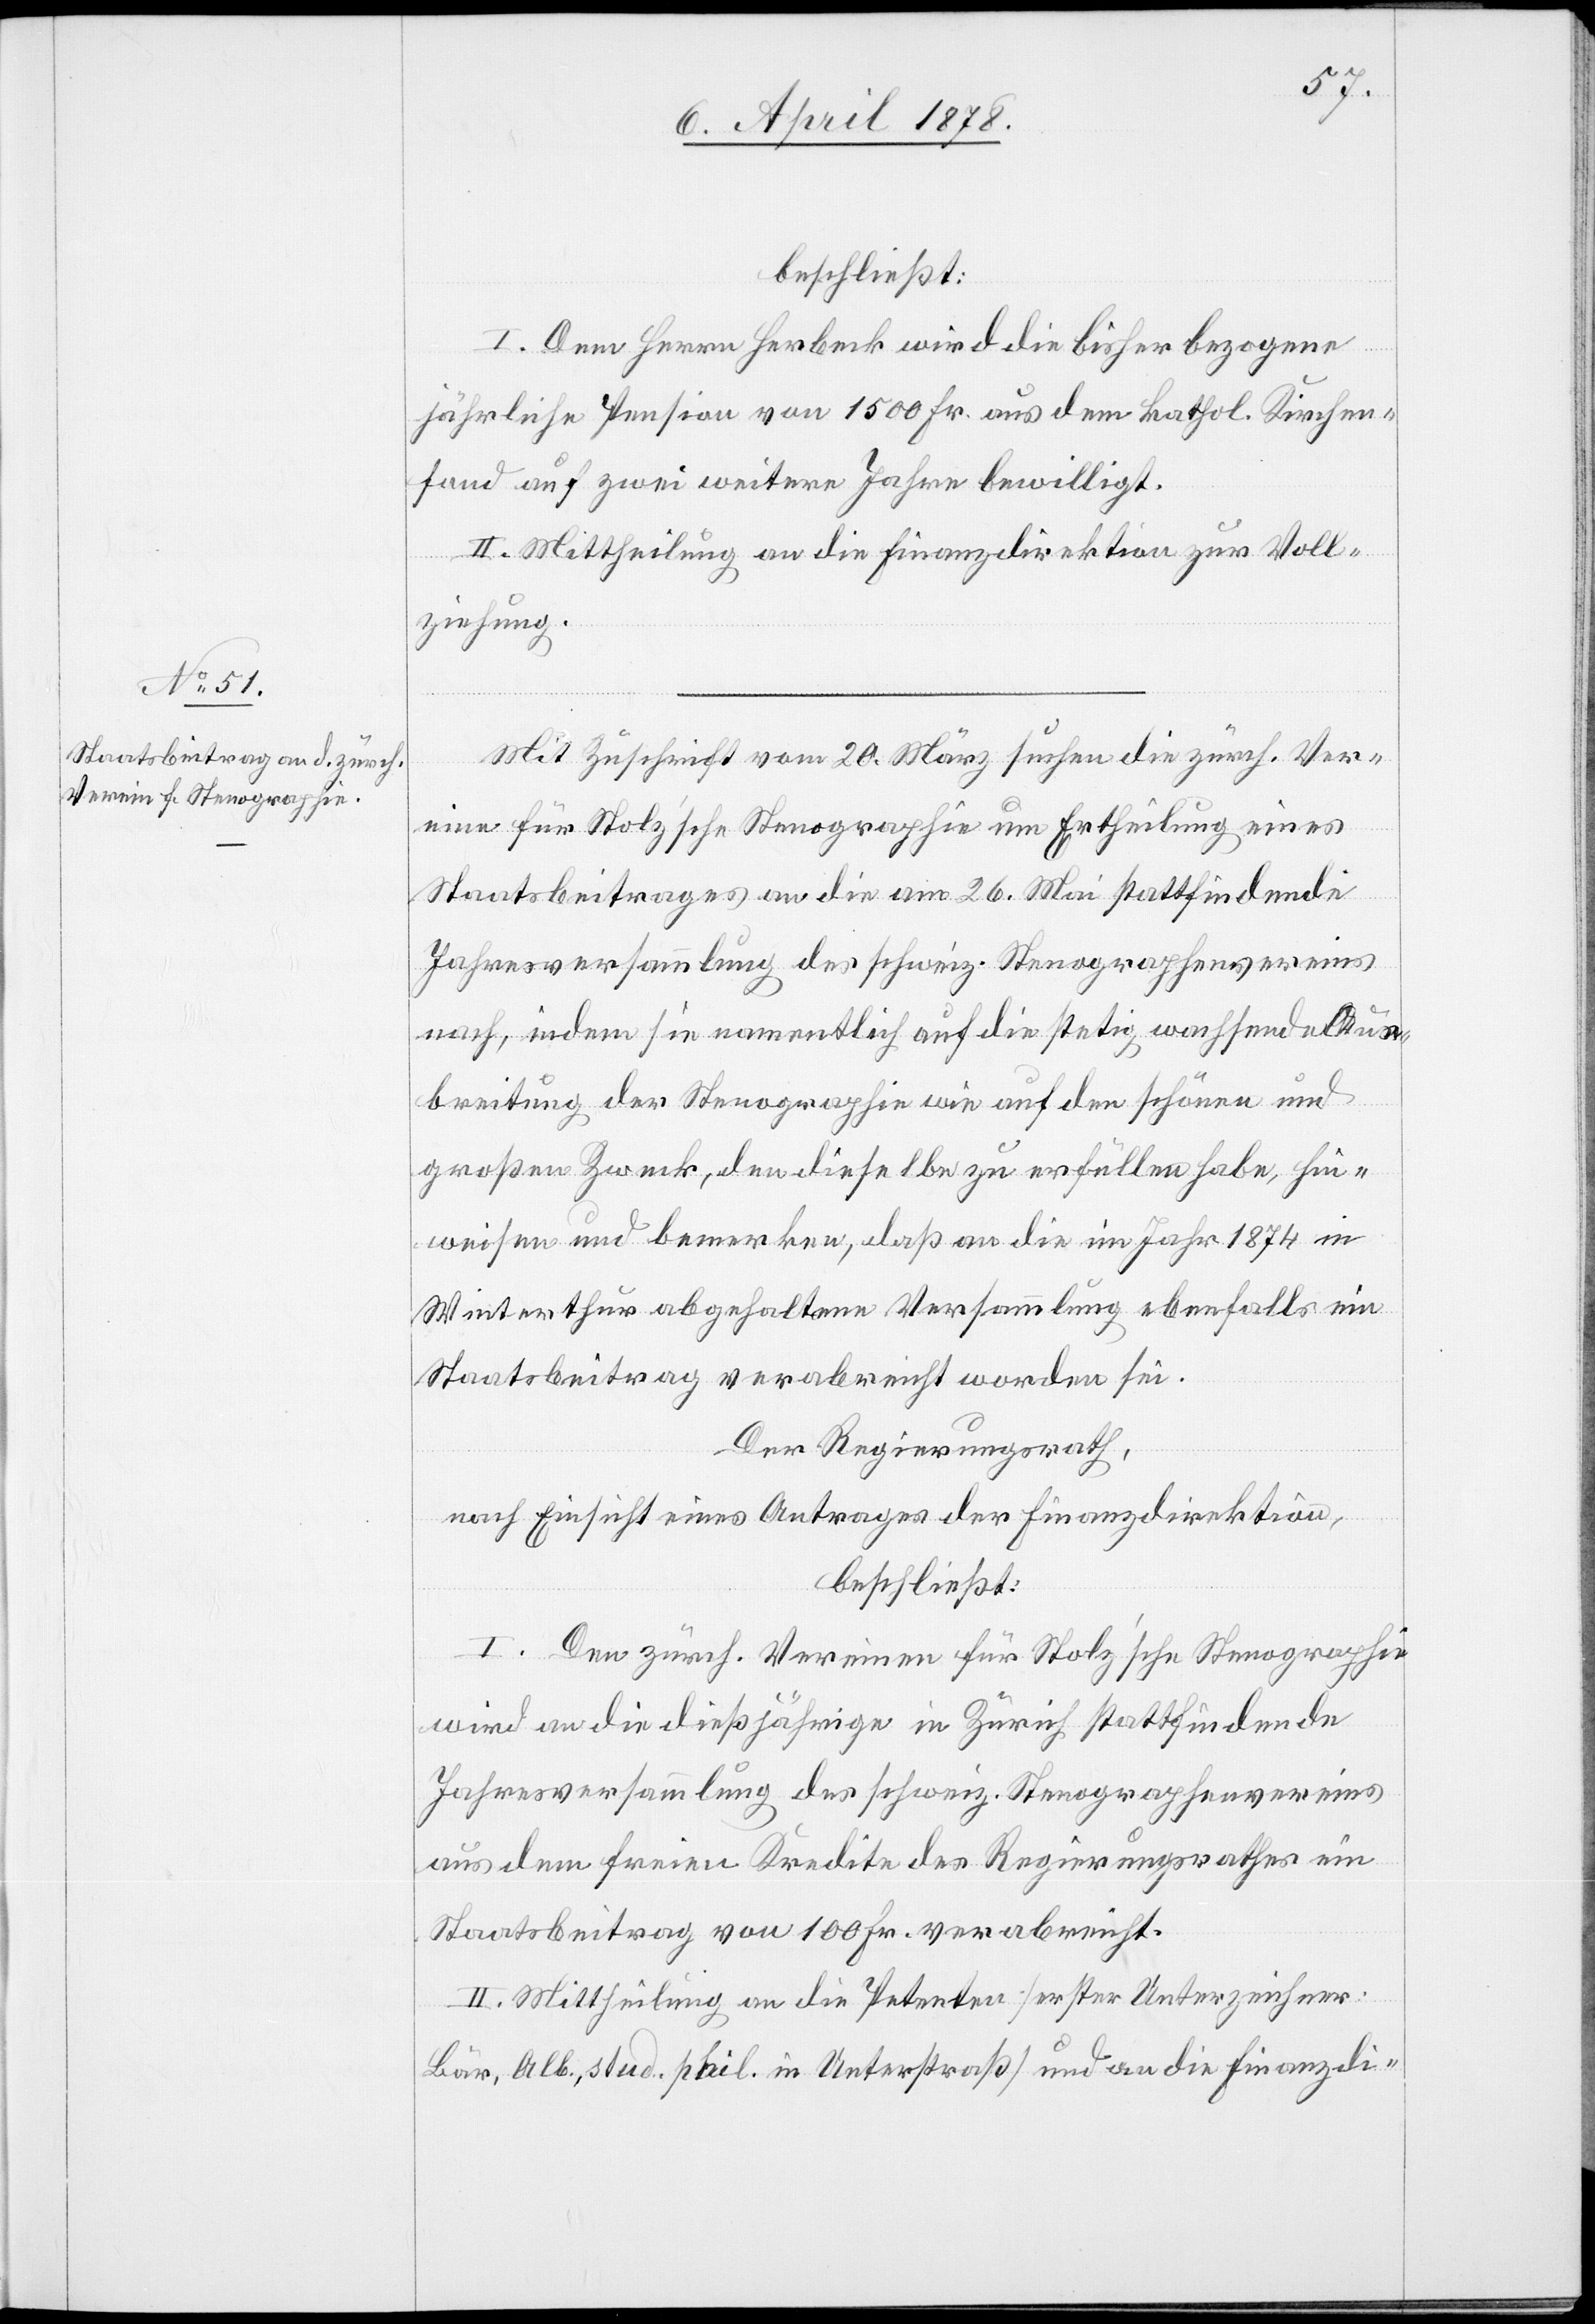
beschließt:
I. Dem Herrn Herbeck wird die bisher bezogene
jährliche Pension von 1500 Fr. aus dem kathol. Kirchen¬
fond auf zwei weitere Jahre bewilligt.
II. Mittheilung an die Finanzdirektion zur Voll¬
ziehung.
Mit Zuschrift vom 20. März suchen die zürch. Ver¬
eine für Stolz’sche Stenographie um Ertheilung eines
Staatsbeitrages an die am 26. Mai stattfindende
Jahresversammlung des schweiz. Stenographenvereins
nach, indem sie namentlich auf die stetig wachsende Aus¬
breitung der Stenographie wie auf den schönen und
großen Zweck, den dieselbe zu erfüllen habe, hin¬
weisen und bemerken, daß an die im Jahr 1874 in
Winterthur abgehaltene Versammlung ebenfalls ein
Staatsbeitrag verabreicht worden sei.
Der Regierungsrath,
nach Einsicht eines Antrages der Finanzdirektion,
beschließt:
I. Den zürch. Vereinen für Stolz’sche Stenographie
wird an die dießjährige in Zürich stattfindende
Jahresversammlung des schweiz. Stenographenvereins
aus dem freien Kredite des Regierungsrathes ein
Staatsbeitrag von 100 Fr. verabreicht.
II. Mittheilung an die Petenten (erster Unterzeichner:
Bär, Alb., stud. phil. in Unterstraß) und an die Finanzdi-